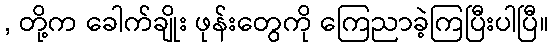
, တို့က ခေါက်ချိုး ဖုန်းတွေကို ကြေညာခဲ့ကြပြီးပါပြီ။